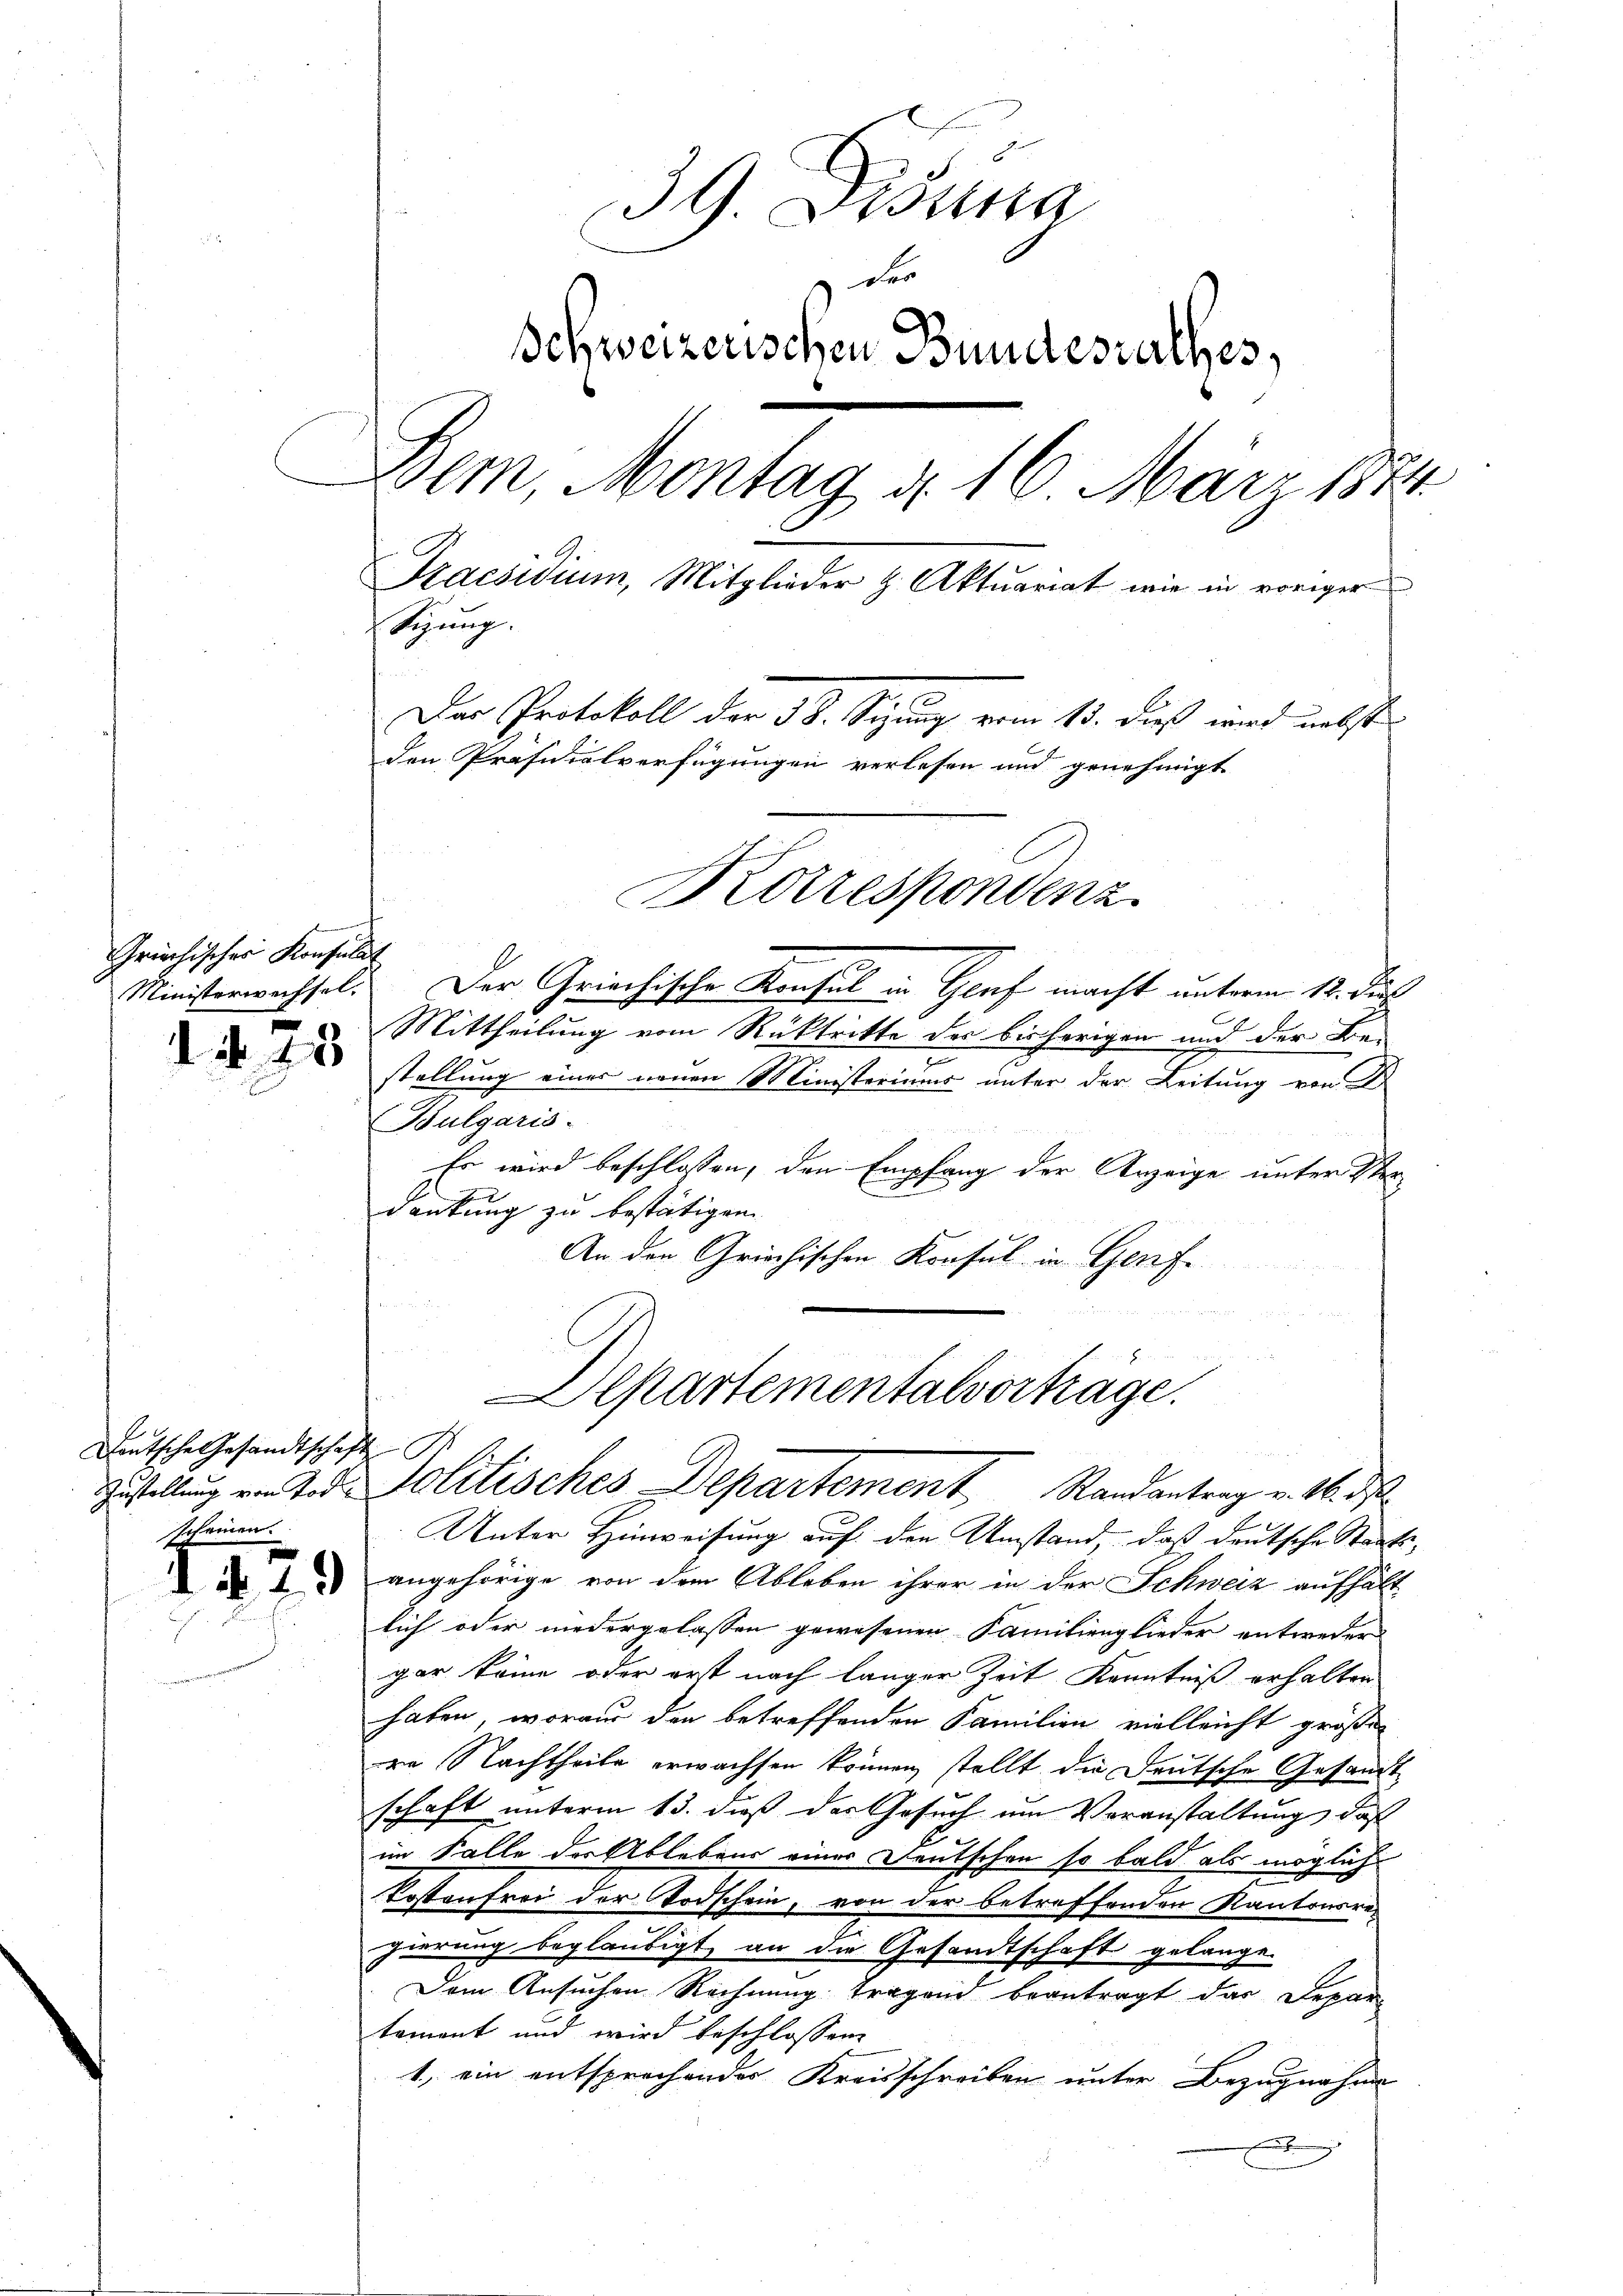
Griechischer Konsulat

N. 25

Deutsche Gesandtschaft I
scheinen.

39. Dionna
Schweizerischen Bundesrathes,
Dem, Montag d. 16. März 1874
Praesidium, Mitglieder H. Aktuariat wie in voriger
tigung.
Der Protokoll der 3 S. Sizung vom 13. dieß wird nebst
den Präsidialverfügungen verlesen und genehmigt
Korrespondenz

der

Ministerwachsel. Der Griechische Konsul in Graf macht unterm 12. Jul
Mittheilung vom Rücktritte der bisherigen und der Be¬
7
stellung einer neuen Ministeriums unter der Leitung von Dr
Bulgaris.
Es wird beschlossen, den Empfang der Anzeige unter Verdankung zu bestätigen.
An den Griechischen Konsul in Genfe

Departementalvorträge.
Zustellung von Tod. Politisches Departement Randantrag v. M. d

Unter Hinweisung auf den Umstand, daß deutsche Staats¬
 2 angehörige von dem Ableben ihrer in der Schweiz aufhält
lich oder niedergelassen gewesenen Familienglieder entweder
gar keine oder erst nach langer Zeit Kenntniß erhalten
haben, woraus den betreffenden Familien vielleicht größe
re Nachtheile erwachsen können, stellt die Deutsche Gesandt
schaft unterm 13. daß der Gesuch um Voranstaltung, daß
im Falle der Ablebens einer Deutschen so bald als mögliche
kostenfrei der Todschein, von der betreffenden Kantonare
gierung beglaubigt, an die Gesandtschaft gelange.
Dem Ansuchen Rechnung Tragend beantragt das Depar-
tament und wird beschlossene
1, ein entsprechender Kreisschreiben unter Bezugnahme